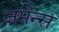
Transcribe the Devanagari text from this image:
जर्मन्स